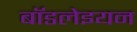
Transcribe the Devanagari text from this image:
बॉडलेइयन